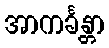
အာကင်္ခန္တာ